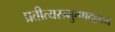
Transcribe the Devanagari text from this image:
प्रतीत्यसमुत्पादहृदय